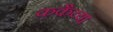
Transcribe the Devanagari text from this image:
ककैय्या